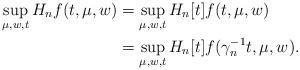
LaTeX: \begin{align*}\sup_{\mu,w,t} H_n f(t,\mu,w) & = \sup_{\mu,w,t} H_n[t] f(t,\mu,w) \\& = \sup_{\mu,w,t} H_n[t] f(\gamma_n^{-1} t,\mu,w).\end{align*}